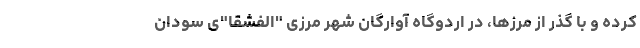
کرده و با گذر از مرزها، در اردوگاه آوارگان شهر مرزی "الفشقا"ی سودان